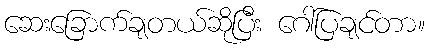
ဆေးခြောက်ချတယ်ဆိုပြီး ဂေါ်ပြချင်တာ။